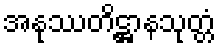
အနုဿတိဋ္ဌာနသုတ္တံ